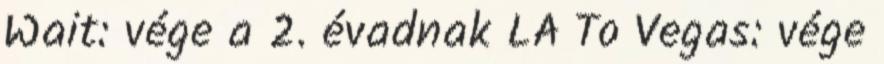
Wait: vége a 2. évadnak LA To Vegas: vége